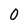
Character: 0